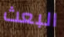
البعث